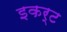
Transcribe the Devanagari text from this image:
इकर्ट